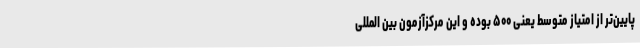
پایین‌تر از امتیاز متوسط یعنی ۵۰۰ بوده‌ و این مرکزآزمون بین المللی